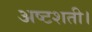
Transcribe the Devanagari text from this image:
अष्टशती।